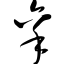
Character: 秉